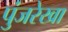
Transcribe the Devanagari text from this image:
पुंजरेखा